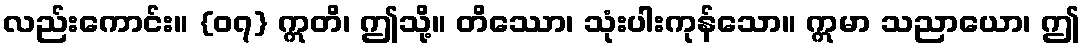
လည်းကောင်း။ {၀၇} ဣတိ၊ ဤသို့။ တိဿော၊ သုံးပါးကုန်သော။ ဣမာ သညာယော၊ ဤ